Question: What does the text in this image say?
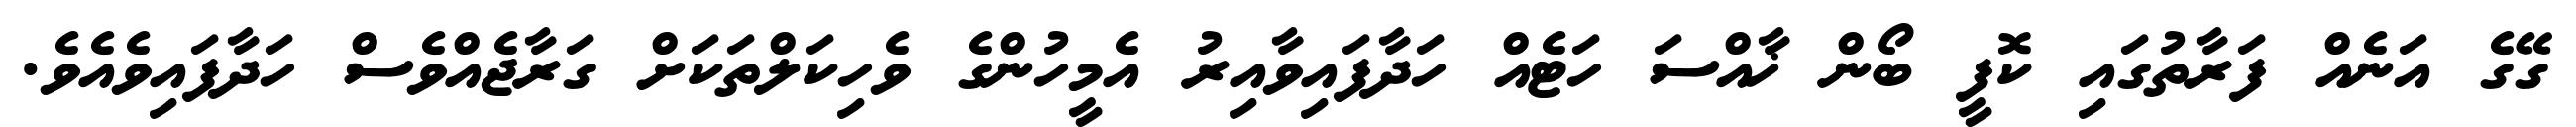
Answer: ގޭގެ އަނެއް ފަރާތުގައި ކޮފީ ބޯން ޚާއްސަ ހަޓެއް ހަދާފައިވާއިރު އެމީހުންގެ ވެހިކަލްތަކަށް ގަރާޖެއްވެސް ހަދާފައިވެއެވެ.